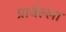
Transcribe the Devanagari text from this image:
ग्रावेल्ला